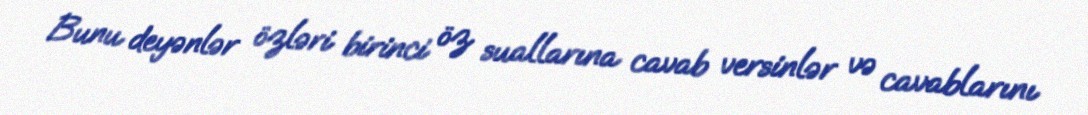
Bunu deyənlər özləri birinci öz suallarına cavab versinlər və cavablarını